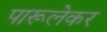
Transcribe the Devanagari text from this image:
पारूलेकर